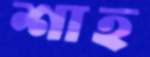
শাহ